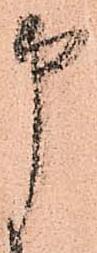
申